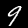
Label: 9